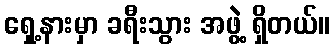
ရှေ့နားမှာ ခရီးသွား အဖွဲ့ ရှိတယ်။